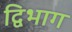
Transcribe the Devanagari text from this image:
द्विभाग